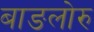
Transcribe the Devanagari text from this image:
बाङलोरु